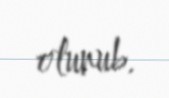
olunub.